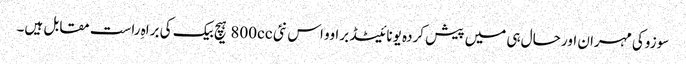
سوزوکی مہران اور حال ہی میں پیش کردہ یونائیٹڈ براوو اس نئی 800cc ہیچ بیک کی براہِ راست مقابل ہیں۔